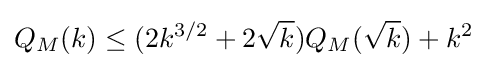
Q_{M}(k)\leq (2k^{3/2}+2{\sqrt {k}})Q_{M}({\sqrt {k}})+k^{2}